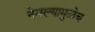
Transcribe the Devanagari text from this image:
नेमल्यामुळेच